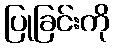
ပြုခြင်းကို